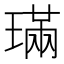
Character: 璊